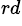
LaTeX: ^{rd}